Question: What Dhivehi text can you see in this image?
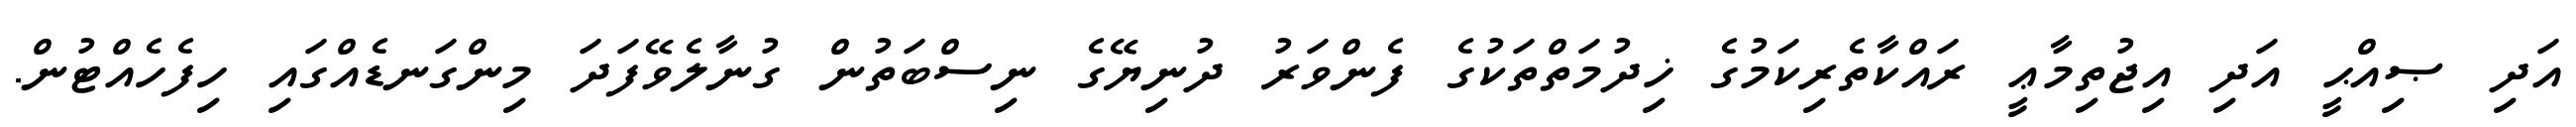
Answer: އަދި ޞިއްޙީ އަދި އިޖުތިމާޢީ ރައްކާތެރިކަމުގެ ޚިދުމަތްތަކުގެ ފެންވަރު ދުނިޔޭގެ ނިސްބަތުން ގުނާލެވޭފަދަ މިންގަނޑެއްގައި ހިފެހެއްޓުން.